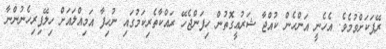
ރޭޕަކަށްވުމެވެ. އެހެނީ އަންހެން ކުއްޖާ ޝަރުޢީގޮތުން ހިފަންޖެހޭ ރައްކާތެރިކަމުގައި ނުހިފާ އަމިއްލައަށް ހިލޭފިރިހެނުންނާ